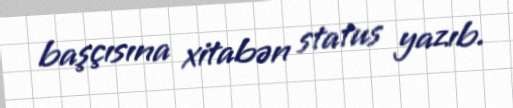
başçısına xitabən status yazıb.